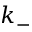
k _ { - }